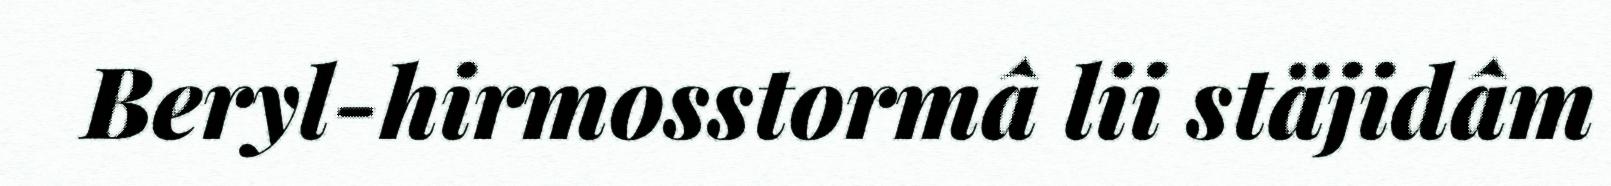
Beryl-hirmosstormâ lii stäjidâm